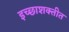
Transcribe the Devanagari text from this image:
इच्छाशक्तीत